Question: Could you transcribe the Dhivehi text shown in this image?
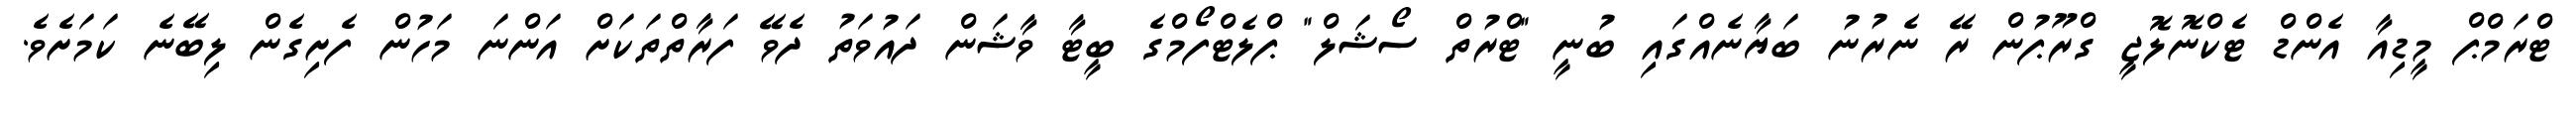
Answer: ޓްރަމްޕް މީޑިއާ އެންޑް ޓެކްނޮލޮޖީ ގްރޫޕުން ރޭ ނެރުނު ބަޔާނެއްގައި ބުނީ "ޓްރުތް ސޯޝަލް" ޕްލެޓްފޯމްގެ ބީޓާ ވާޝަން ދައުވަތު ދެވޭ ފަރާތްތަކަށް އަންނަ މަހުން ފެށިގެން ލިބޭނެ ކަމަށެވެ.